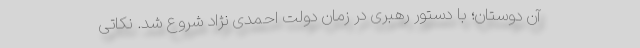
آن دوستان؛ با دستور رهبری در زمان دولت احمدی نژاد شروع شد. نکاتی